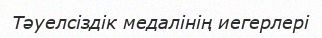
Тәуелсіздік медалінің иегерлері